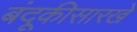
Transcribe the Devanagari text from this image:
बंदूकीसारखे